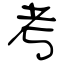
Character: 考